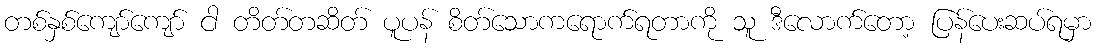
တစ်နှစ်ကျော်ကျော် ငါ တိတ်တဆိတ် ပူပန် စိတ်သောကရောက်ရတာကို သူ ဒီလောက်တော့ ပြန်ပေးဆပ်ရမှာ